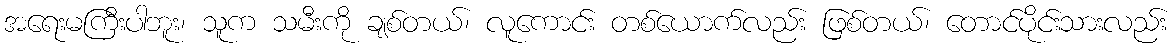
အရေးမကြီးပါဘူး၊ သူက သမီးကို ချစ်တယ်၊ လူကောင်း တစ်ယောက်လည်း ဖြစ်တယ်၊ တောင်ပိုင်းသားလည်း